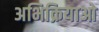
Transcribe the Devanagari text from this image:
अभिक्रियाओ